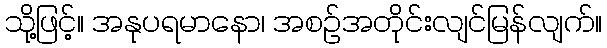
သို့ဖြင့်။ အနုပရမာနော၊ အစဉ်အတိုင်းလျင်မြန်လျက်။